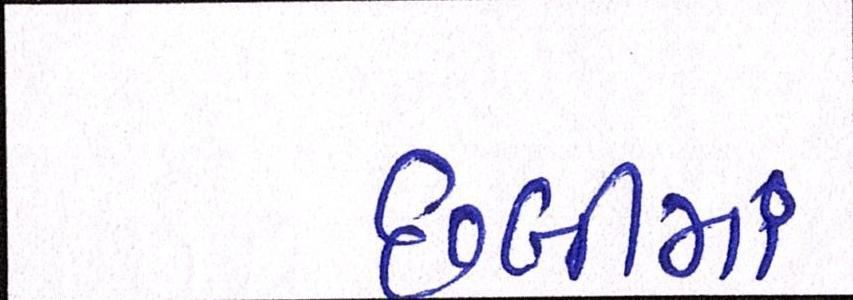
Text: છબીમાં